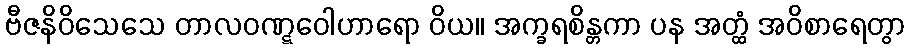
ဗီဇနိဝိသေသေ တာလဝဏ္ဋဝေါဟာရော ဝိယ။ အက္ခရစိန္တကာ ပန အတ္ထံ အဝိစာရေတွာ